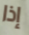
إذا